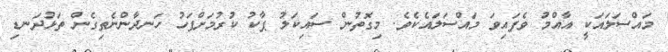
މައްސަލައަކީ އާއްމު ވެފައިވަ މައްސަލައެކެވެ. މިގޮތުން ސައިކަލު ޕާކު ކުރުމަށްފަހު ހަނދާންނެތިގެން ތަޅުދަނޑި